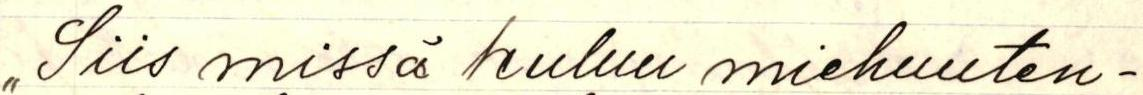
,,Siis missä kuluu miehuuten-